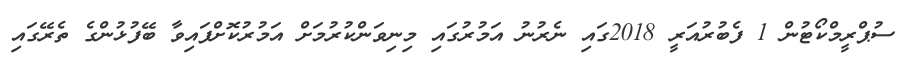
ސުޕްރީމްކޯޓުން 1 ފެބުރުއަރީ 2018ގައި ނެރުނު އަމުރުގައި މިނިވަންކުރުމަށް އަމުރުކޮށްފައިވާ ބޭފުޅުންގެ ތެރޭގައި